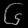
Digit: ၆